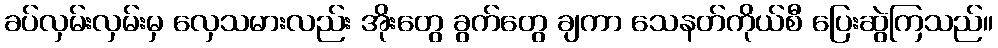
ခပ်လှမ်းလှမ်းမှ လှေသမားလည်း အိုးတွေ ခွက်တွေ ချကာ သေနတ်ကိုယ်စီ ပြေးဆွဲကြသည်။